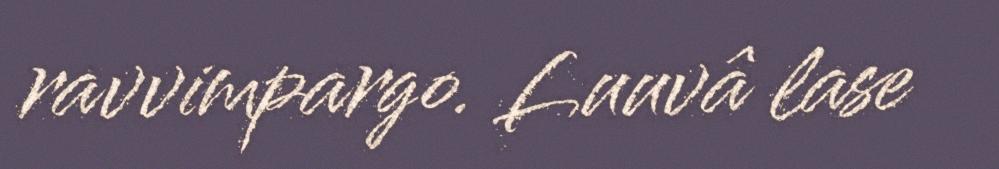
ravvimpargo. Luuvâ lase